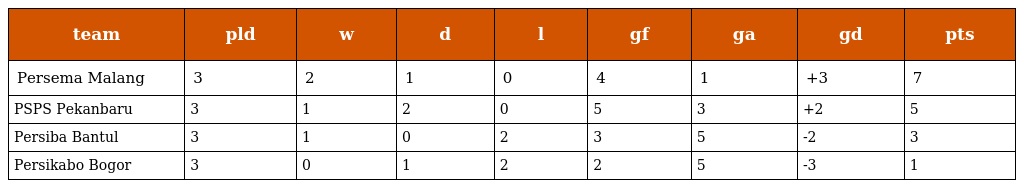
| team | pld | w | d | l | gf | ga | gd | pts |
 | --- | --- | --- | --- | --- | --- | --- | --- | --- |
 | Persema Malang | 3 | 2 | 1 | 0 | 4 | 1 | +3 | 7 |
 | PSPS Pekanbaru | 3 | 1 | 2 | 0 | 5 | 3 | +2 | 5 |
 | Persiba Bantul | 3 | 1 | 0 | 2 | 3 | 5 | -2 | 3 |
 | Persikabo Bogor | 3 | 0 | 1 | 2 | 2 | 5 | -3 | 1 |